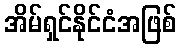
အိမ်ရှင်နိုင်ငံအဖြစ်